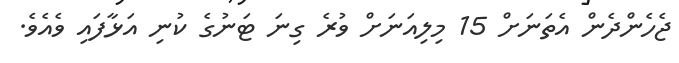
ޖެހެންދެން އެތަނަށް 15 މިލިއަނަށް ވުރެ ގިނަ ޓަނުގެ ކުނި އަޅާފައި ވެއެވެ.